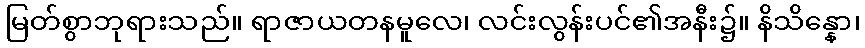
မြတ်စွာဘုရားသည်။ ရာဇာယတနမူလေ၊ လင်းလွန်းပင်၏အနီး၌။ နိသိန္နော၊